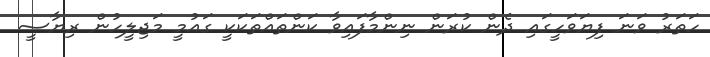
ހަތަރު ވަނަ ފިޔަވަހީގައި ދެން ކުރަން ނިންމާފައިވާ ކަންތައްތަކަކީ ގައުމީ މަޖިލީހުން ރިޔާސީ